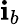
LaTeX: \mathbf{i}_{b}